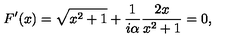
F ^ { \prime } ( x ) = \sqrt { x ^ { 2 } + 1 } + { \frac { 1 } { i \alpha } } { \frac { 2 x } { x ^ { 2 } + 1 } } = 0 ,